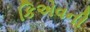
કિએવની